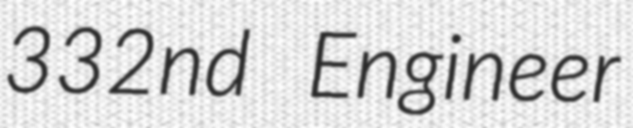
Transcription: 332nd Engineer